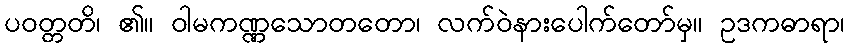
ပဝတ္တတိ၊ ၏။ ဝါမကဏ္ဏသောတတော၊ လက်ဝဲနားပေါက်တော်မှ။ ဥဒကဓာရာ၊